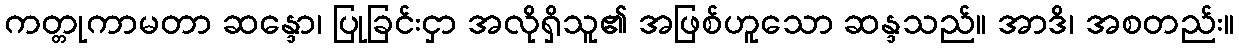
ကတ္တုကာမတာ ဆန္ဒော၊ ပြုခြင်းငှာ အလိုရှိသူ၏ အဖြစ်ဟူသော ဆန္ဒသည်။ အာဒိ၊ အစတည်း။